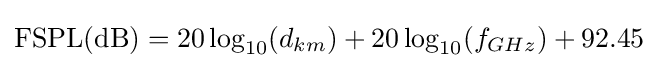
\operatorname {FSPL} ({\text{dB}})=20\log _{10}(d_{km})+20\log _{10}(f_{GHz})+92.45